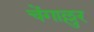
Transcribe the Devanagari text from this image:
चेंगाल्लुर